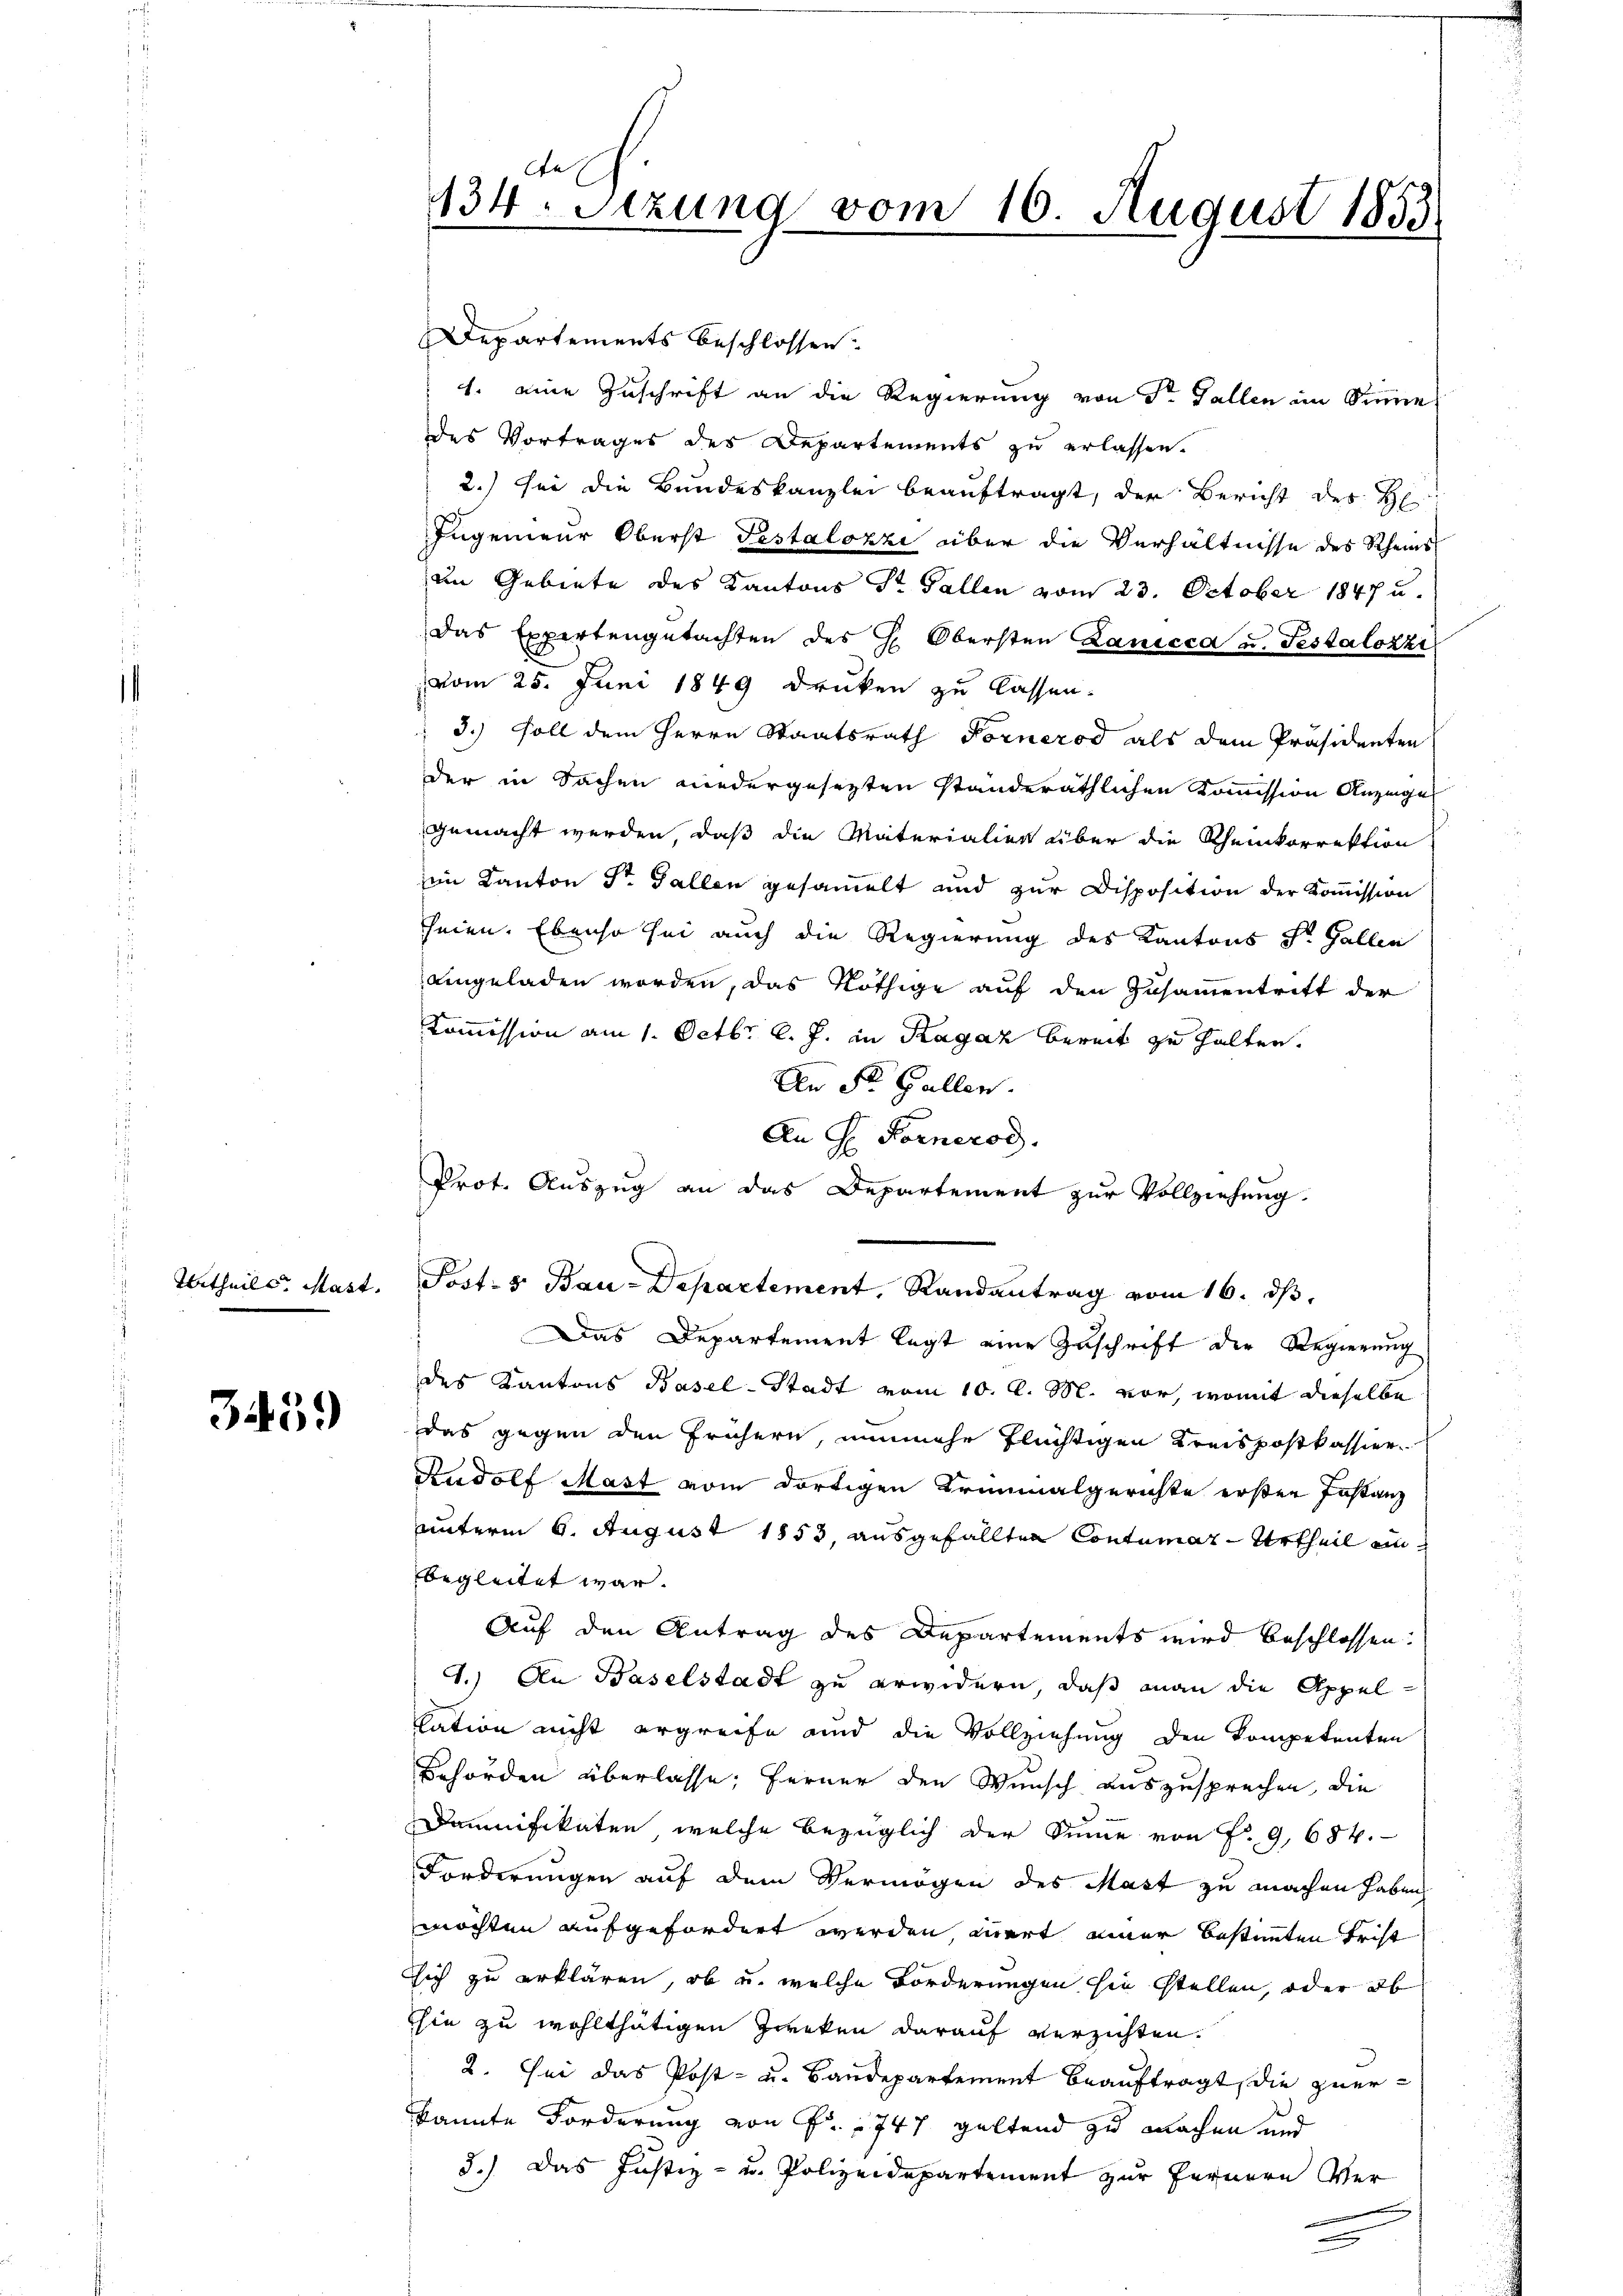
Urtheils. Mast.

3459

Departements beschlossen:
1. eine Zuschrift an die Regierung von Dr. Gallen im Sinne
des Vortrages des Departements zu erlassen.
2.) für die Bundeskanzlei beauftragt, der Bericht des He
Ingenieur Oberst Pestalozzi über die Verhältnisse des Rheins
in Gebiete des Kantons Sr. Gallen vom 23. October 1847 u.
Das Expertengutachten des H. Obersten Lanicca u. Testalozzi
vom 25. Juni 1849 drucken zu lassen.
 3.) Soll dem Herrn Staatsrath Fornerod als dem Präsidenten
der in Sachen niedergesezten standeräthlichen Kommission Anzeige
gemacht werden, daß die Materialien über die Rheinkorrektion
eim Kanton Sr. Gallen gesammelt und zur Disposition der Kommission
heien. Ebenso sei auch die Regierung des Kantons S. Gallen
eingeladen worden, das Nöthige auf den Zusammentritt der
Kommission am 1. Octbr. l. J. in Ragaz bereit zu halten.
An St. Gallen.
An H. Fornerod.
Prot. Auszug an das Departement zur Vollziehung.
Posts Bau-Departement, Randantrag vom 16. ds.
Das Departement legt eine Zuschrift der Regierung
des Kantons Basel-Stadt vom 10. d. M. vor, womit dieselbe
das gegen den Frühern, nunmehr flüchtigen Kreispostkassier
Rudolf Mast vom dortigen Kriminalgerichte ersten Instanz
unterm 6. August 1853, ausgefällten Contumaz-Urtheil ein
begleitet war.
Auf den Antrag des Departements wird beschlossen.
1.) An Baselstadt zu erwidern, daß man die Appellation nicht ergreife und die Vollziehung den Kompetenten
Behörden überlasse; ferner den Wunsch auszusprechen, die
Damnifikaten, welche bezüglich der Sinne von f. 9, 684.
Forderungen auf dem Vermögen des Mast zu machen haben,
möchten aufgefordert werden, wart einer bestimmten Frist
sich zu erklären, ob u. welche Forderungen sie stellen, oder ob
Ehin zu wohlthätigen Zweken darauf verzichten.
2. Sei das Post- u. Bandepartement beauftragt, die zuerkannte Forderung von F. 1747 geltend zu machen und
3.) Das Justiz- u. Polizeidepartement zur Fernern Ver¬

e
134. Setzung vom 16. August 1853